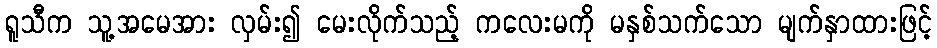
ရူသီက သူ့အမေအား လှမ်း၍ မေးလိုက်သည့် ကလေးမကို မနှစ်သက်သော မျက်နှာထားဖြင့်